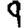
Digit: 9